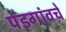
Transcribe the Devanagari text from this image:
पेडगांवचे